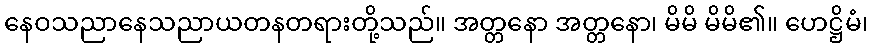
နေဝသညာနေသညာယတနတရားတို့သည်။ အတ္တနော အတ္တနော၊ မိမိ မိမိ၏။ ဟေဋ္ဌိမံ၊